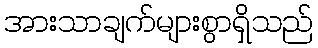
အားသာချက်များစွာရှိသည်